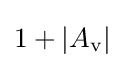
1+|A_{\text{v}}|